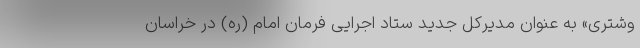
وشتری» به عنوان مدیرکل جدید ستاد اجرایی فرمان امام (ره) در خراسان